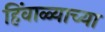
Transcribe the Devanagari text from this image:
हिंवाळ्याच्या